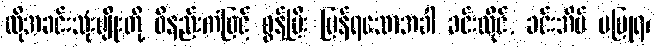
ထိုအခင်းသုံးမျိုးတို့ ဝိနည်းကံဖြင့် စွန့်ပြီး ပြန်ရသောအခါ ခင်းထိုင်, ခင်းအိပ် မပြုရ၊